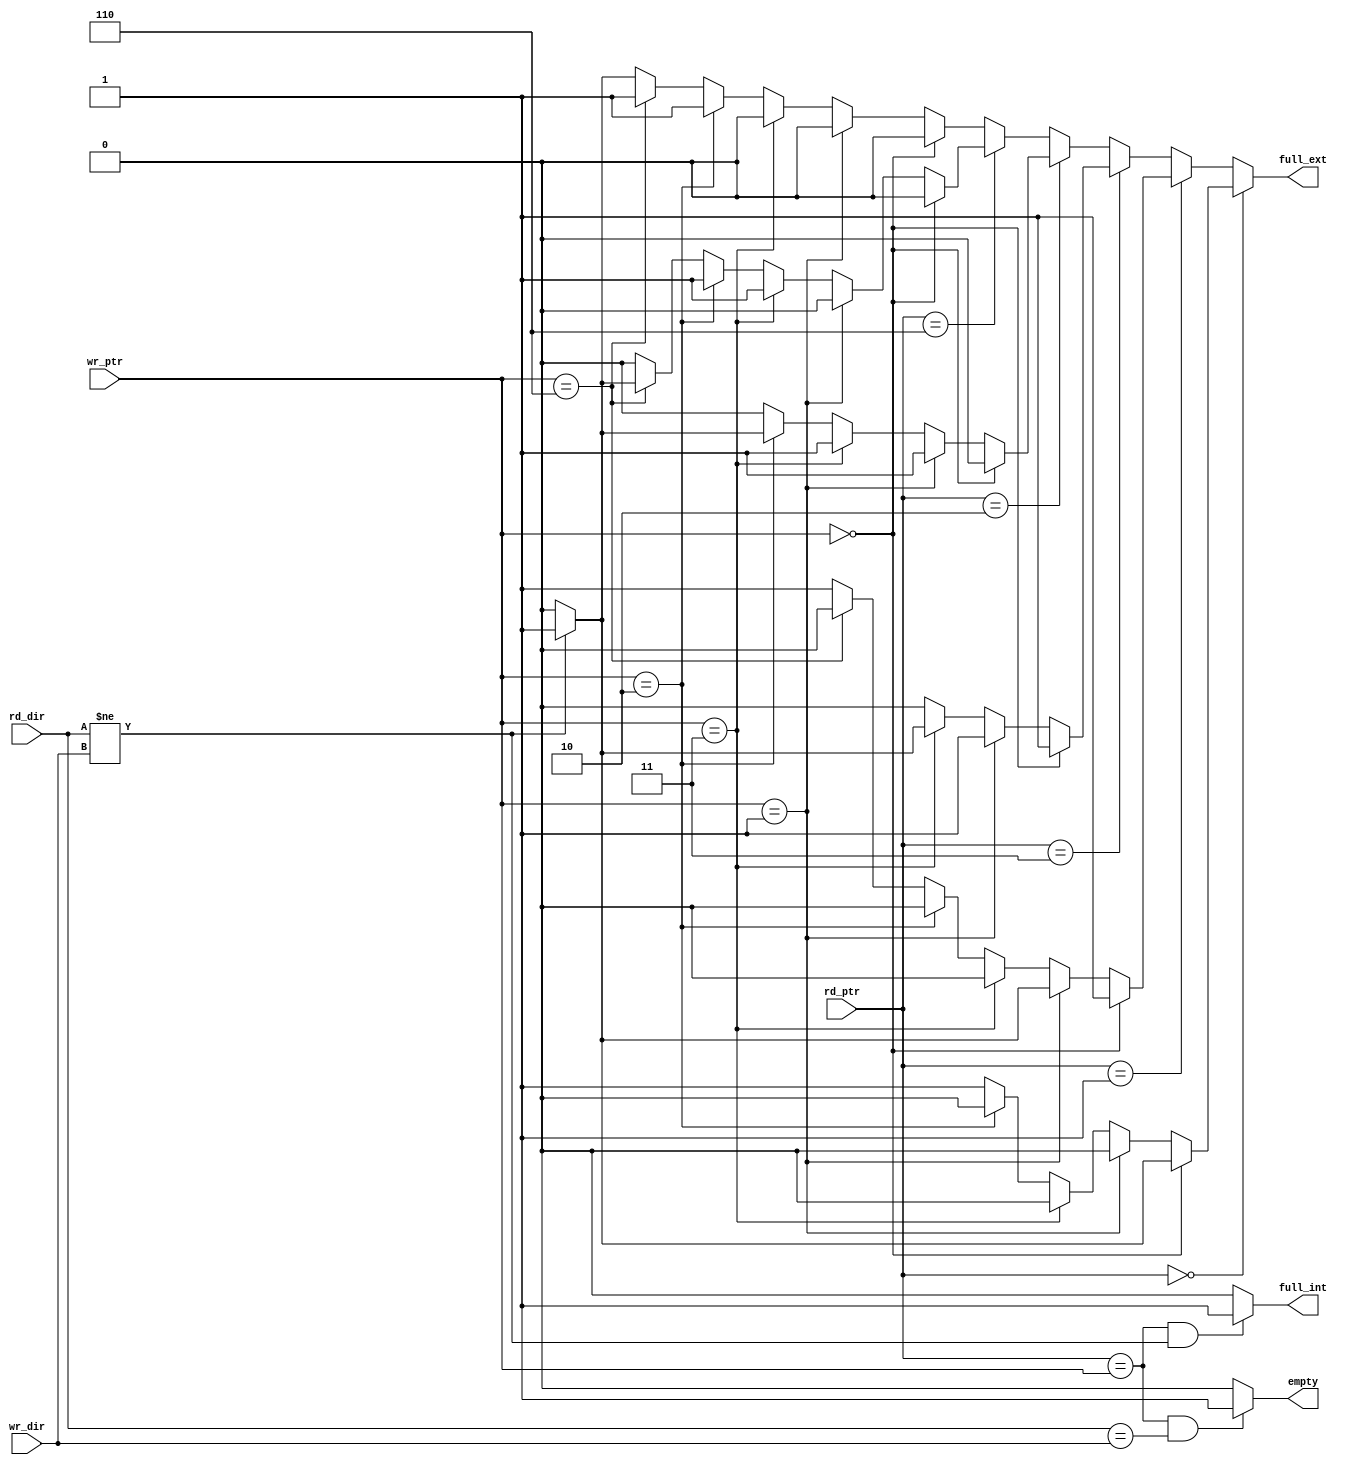

////////////////////////////////////////////////////////////////////////////////
// Company: 
// Engineer:
//
// Design Name:    
// Module Name:    asynch_comparator
// Project Name:   
// Target Device:  
// Tool versions:  
// Description:
//
// Dependencies:
// 
// Revision:
// Revision 0.01 - File Created
// Additional Comments:
// 
////////////////////////////////////////////////////////////////////////////////
module asynch_comparator(rd_ptr, wr_ptr, rd_dir, wr_dir, full_ext, full_int, empty);

    input [2:0] rd_ptr;
    input [2:0] wr_ptr;
    input rd_dir;
    input wr_dir;
    output full_ext;
    output full_int;
    output empty;

	 wire full_int, empty ;
	 reg full_ext ;

	 assign full_int = ((rd_ptr == wr_ptr) && (rd_dir != wr_dir)) ? 1'b 1 : 1'b 0 ;
	 assign empty = ((rd_ptr == wr_ptr) && (rd_dir == wr_dir)) ? 1'b 1 : 1'b 0 ;

	 always @ (rd_ptr or wr_ptr or rd_dir or wr_dir)
	 begin
	 		if (rd_ptr == 3'b 000)
			begin
					if (wr_ptr == 3'b 000)	
					begin
						if (rd_dir != wr_dir)
							full_ext = 1'b 1 ;
						else
							full_ext = 1'b 0 ;
					end

					else if (wr_ptr == 3'b 001)
						 full_ext = 1'b 0 ;
					else if (wr_ptr == 3'b 011)
						 full_ext = 1'b 0 ;
					else if (wr_ptr == 3'b 010)
						 full_ext = 1'b 0 ;

				   else if (wr_ptr == 3'b 110)
						 full_ext = 1'b 1 ;
					else
						 full_ext = 1'b 1 ;
		   end
/////////////////////////////////////////////////////////////
			else if (rd_ptr == 3'b 001)
			begin
					if (wr_ptr == 3'b 000)	
						 full_ext = 1'b 1 ;

					else if (wr_ptr == 3'b 001)
				   begin
						if (rd_dir != wr_dir)
							full_ext = 1'b 1 ;
						else
							full_ext = 1'b 0 ;
					end

					else if (wr_ptr == 3'b 011)
						 full_ext = 1'b 0 ;
					else if (wr_ptr == 3'b 010)
						 full_ext = 1'b 0 ;
				   else if (wr_ptr == 3'b 110)
						 full_ext = 1'b 0 ;

					else
						 full_ext = 1'b 1 ;
		   end
/////////////////////////////////////////////////////////////////
			else if (rd_ptr == 3'b 011)
			begin
					if (wr_ptr == 3'b 000)	
						 full_ext = 1'b 1 ;
					else if (wr_ptr == 3'b 001)
				   	 full_ext = 1'b 1 ;

					else if (wr_ptr == 3'b 011)
					begin
						if (rd_dir != wr_dir)
							full_ext = 1'b 1 ;
						else
							full_ext = 1'b 0 ;
					end 
						
					else if (wr_ptr == 3'b 010)
						 full_ext = 1'b 0 ;
				   else if (wr_ptr == 3'b 110)
						 full_ext = 1'b 0 ;
					else
						 full_ext = 1'b 0 ;
		   end
/////////////////////////////////////////////////////////////////
			else if (rd_ptr == 3'b 010)
			begin
					if (wr_ptr == 3'b 000)	
						 full_ext = 1'b 0 ;

					else if (wr_ptr == 3'b 001)
				   	 full_ext = 1'b 1 ; 
					else if (wr_ptr == 3'b 011)
						 full_ext = 1'b 1 ;
						
					else if (wr_ptr == 3'b 010)
					begin
						if (rd_dir != wr_dir)
							full_ext = 1'b 1 ;
						else
							full_ext = 1'b 0 ;
					end
				  						
				   else if (wr_ptr == 3'b 110)
						 full_ext = 1'b 0 ;	
					else
						 full_ext = 1'b 0 ;
		   end 
/////////////////////////////////////////////////////////////////
			else if (rd_ptr == 3'b 110)
			begin
					if (wr_ptr == 3'b 000)	
						 full_ext = 1'b 0 ; 
					else if (wr_ptr == 3'b 001)
				   	 full_ext = 1'b 0 ; 

					else if (wr_ptr == 3'b 011)
						 full_ext = 1'b 1 ;
					else if (wr_ptr == 3'b 010)
						 full_ext = 1'b 1 ;
				  						
				   else if (wr_ptr == 3'b 110)
					begin
						if (rd_dir != wr_dir)
							full_ext = 1'b 1 ;
						else
							full_ext = 1'b 0 ;
					end	 
						 
				 	else
						 full_ext = 1'b 0 ;
		   end 
/////////////////////////////////////////////////////////////////
			else		 // rd_ptr == 3'b 100
			begin 
			     if (wr_ptr == 3'b 000)	
						 full_ext = 1'b 0 ; 
					else if (wr_ptr == 3'b 001)
				   	 full_ext = 1'b 0 ; 
					else if (wr_ptr == 3'b 011)
						 full_ext = 1'b 0 ;

					else if (wr_ptr == 3'b 010)
						 full_ext = 1'b 1 ; 				  						
				   else if (wr_ptr == 3'b 110)
						 full_ext = 1'b 1 ;
						 
				 	else
					begin
						if (rd_dir != wr_dir)
							full_ext = 1'b 1 ;
						else
							full_ext = 1'b 0 ;
					end	 
		   end 
	 end // end always...

////////////////////////////////////////////////////////////////////////////////////

endmodule